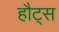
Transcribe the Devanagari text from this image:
हौट्स